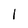
Character: 1